Annual report on the working of the lock hospitals in the North-Western Provinces and Oudh
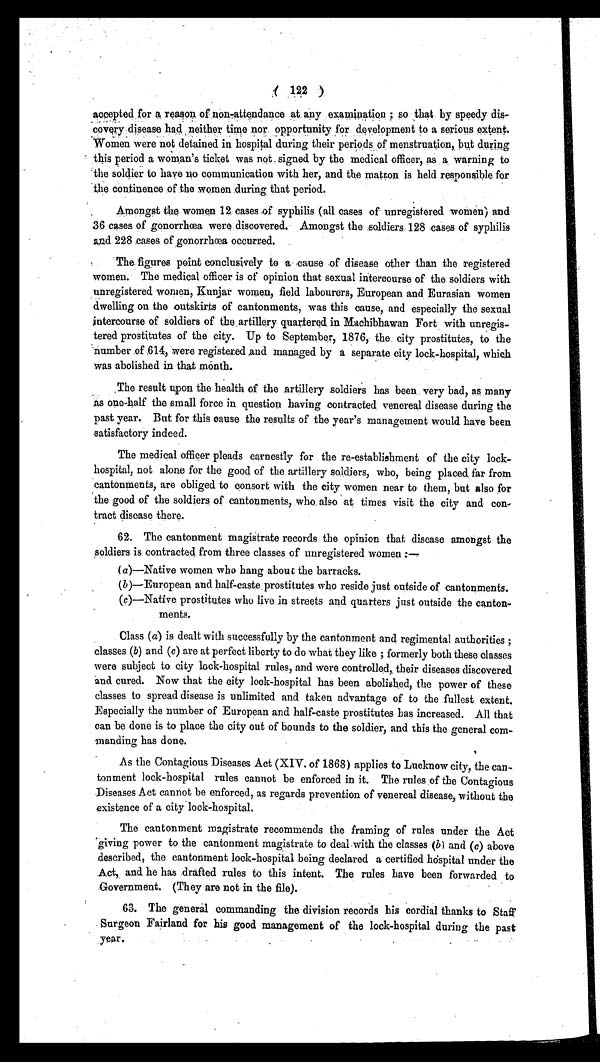
( 122 )
accepted for a reason of non-attendance at any examination; so that by speedy dis-
covery disease had neither time nor opportunity for development to a serious extent.
Women were not detained in hospital during their periods of menstruation, but during
this period a woman's ticket was not signed by the medical officer, as a warning to
the soldier to have no communication with her, and the matron is held responsible for
the continence of the women during that period.
Amongst the women 12 cases of syphilis (all cases of unregistered women) and
36 cases of gonorrhœa were discovered. Amongst the soldiers 128 cases of syphilis
and 228 cases of gonorrhœa occurred.
The figures point conclusively to a cause of disease other than the registered
women. The medical officer is of opinion that sexual intercourse of the soldiers with
unregistered women, Kunjar women, field labourers, European and Eurasian women
dwelling on the outskirts of cantonments, was this cause, and especially the sexual
intercourse of soldiers of the artillery quartered in Machibhawan Fort with unregis-
tered prostitutes of the city. Up to September, 1876, the city prostitutes, to the
number of 614, were registered and managed by a separate city lock-hospital, which
was abolished in that month.
The result upon the health of the artillery soldiers has been very bad, as many
as one-half the small force in question having contracted venereal disease during the
past year. But for this cause the results of the year's management would have been
satisfactory indeed.
The medical officer pleads earnestly for the re-establishment of the city lock-
hospital, not alone for the good of the artillery soldiers, who, being placed far from
cantonments, are obliged to consort with the city women near to them, but also for
the good of the soldiers of cantonments, who also at times visit the city and con-
tract disease there.
62. The cantonment magistrate records the opinion that disease amongst the
soldiers is contracted from three classes of unregistered women:—
( a)—Native women who hang about the barracks.
(b)—European and half-caste prostitutes who reside just outside of cantonments.
(c)—Native prostitutes who live in streets and quarters just outside the canton-
ments.
Class ( a) is dealt with successfully by the cantonment and regimental authorities;
classes (b) and (c) are at perfect liberty to do what they like; formerly both these classes
were subject to city lock-hospital rules, and were controlled, their diseases discovered
and cured. Now that the city lock-hospital has been abolished, the power of these
classes to spread disease is unlimited and taken advantage of to the fullest extent.
Especially the number of European and half-caste prostitutes has increased. All that
can be done is to place the city out of bounds to the soldier, and this the general com-
manding has done.
As the Contagious Diseases Act (XIV. of 1868) applies to Lucknow city, the can-
tonment lock-hospital rules cannot be enforced in it. The rules of the Contagious
Diseases Act cannot be enforced, as regards prevention of venereal disease, without the
existence of a city lock-hospital.
The cantonment magistrate recommends the framing of rules under the Act
giving power to the cantonment magistrate to deal with the classes (b ) and (c) above
described, the cantonment lock-hospital being declared a certified hospital under the
Act, and he has drafted rules to this intent. The rules have been forwarded to
Government. (They are not in the file).
63. The general commanding the division records his cordial thanks to Staff
Surgeon Fairland for his good management of the lock-hospital during the past
year.